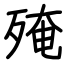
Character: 殗